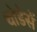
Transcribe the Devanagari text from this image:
थोडेसें